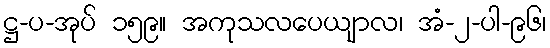
ဋ္ဌ-ပ-အုပ် ၁၅၉။ အကုသလပေယျာလ၊ အံ-၂-ပါ-၉၆၊